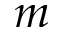
m